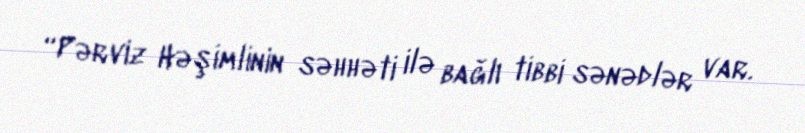
“Pərviz Həşimlinin səhhəti ilə bağlı tibbi sənədlər var.